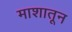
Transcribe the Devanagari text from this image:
माशातून